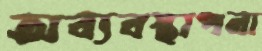
অব্যবস্থাপনা